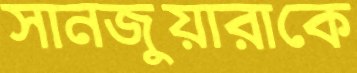
সানজুয়ারাকে